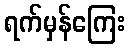
ရက်မှန်ကြေး